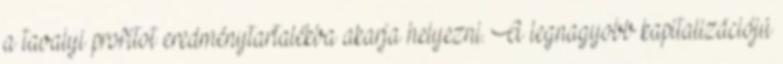
a tavalyi profitot eredménytartalékba akarja helyezni. A legnagyobb kapitalizációjú